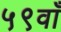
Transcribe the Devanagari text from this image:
५९वाँ